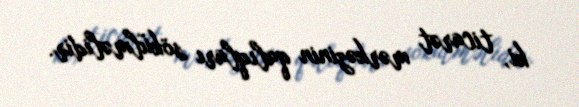
ki, ticarət mərkəzinin qalıqları sökülməlidir.